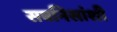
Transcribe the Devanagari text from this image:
सबनिसांशी